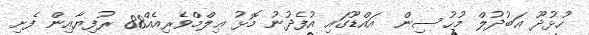
ހުޅުދޫ ޢަބުދުލް މުޙުސިން  އައްޑޫގައި އުފެދުނު މޮޅު ޢިލްމްވެރިއެއް88 ރުފިޔާއިން ފެށި